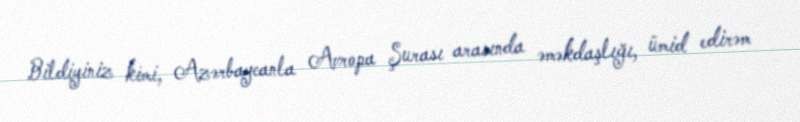
Bildiyiniz kimi, Azərbaycanla Avropa Şurası arasında əməkdaşlığı, ümid edirəm